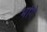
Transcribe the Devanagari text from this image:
भांगे